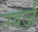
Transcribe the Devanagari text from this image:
नवर्ज़